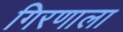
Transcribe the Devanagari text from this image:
गिरणाला